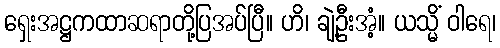
ရှေးအဋ္ဌကထာဆရာတို့ပြအပ်ပြီ။ ဟိ၊ ချဲ့ဦးအံ့။ ယသ္မိံ ဝါရေ၊